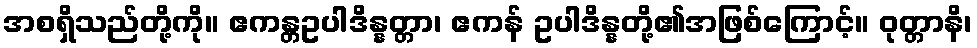
အစရှိသည်တို့ကို။ ဧကန္တဥပါဒိန္နတ္တာ၊ ဧကန် ဥပါဒိန္နတို့၏အဖြစ်ကြောင့်။ ဝုတ္တာနိ၊